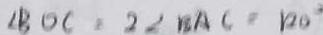
\angle B O C . 2 \angle B A C = 1 2 0 ^ { \circ }